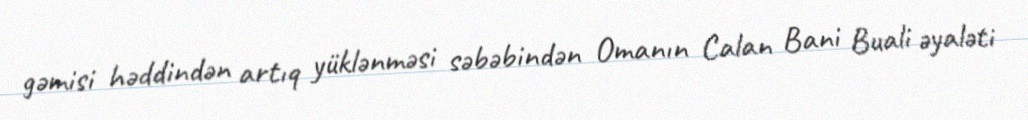
gəmisi həddindən artıq yüklənməsi səbəbindən Omanın Calan Bani Buali əyaləti